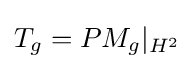
T_{g}=PM_{g}\vert _{H^{2}}